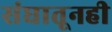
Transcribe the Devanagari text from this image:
संघातूनही